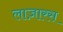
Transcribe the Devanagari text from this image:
लाज़ारस